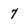
Character: 7